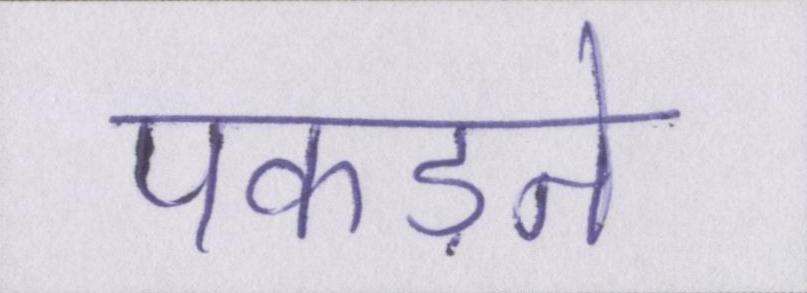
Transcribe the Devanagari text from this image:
पकड़ने